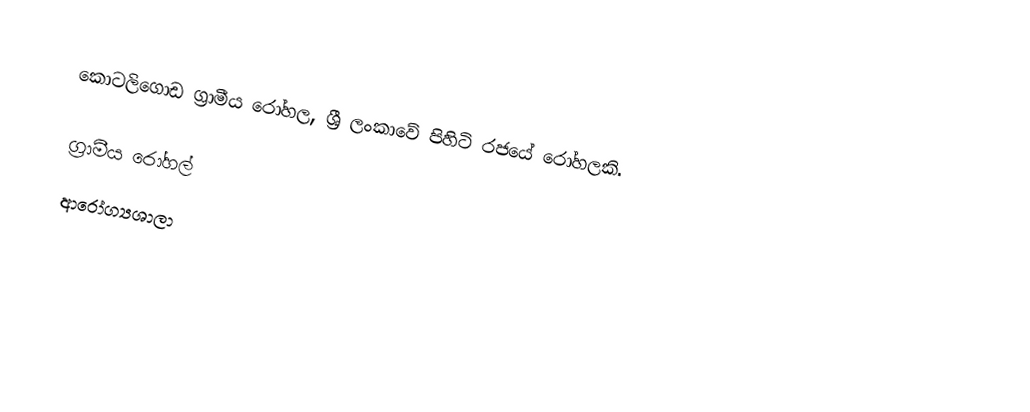
කොටලිගොඩ ග්‍රාමීය රෝහල, ශ්‍රී ලංකාවේ පිහිටි රජයේ රෝහලකි.

ග්‍රාමීය රෝහල්
ආරෝග්‍යශාලා